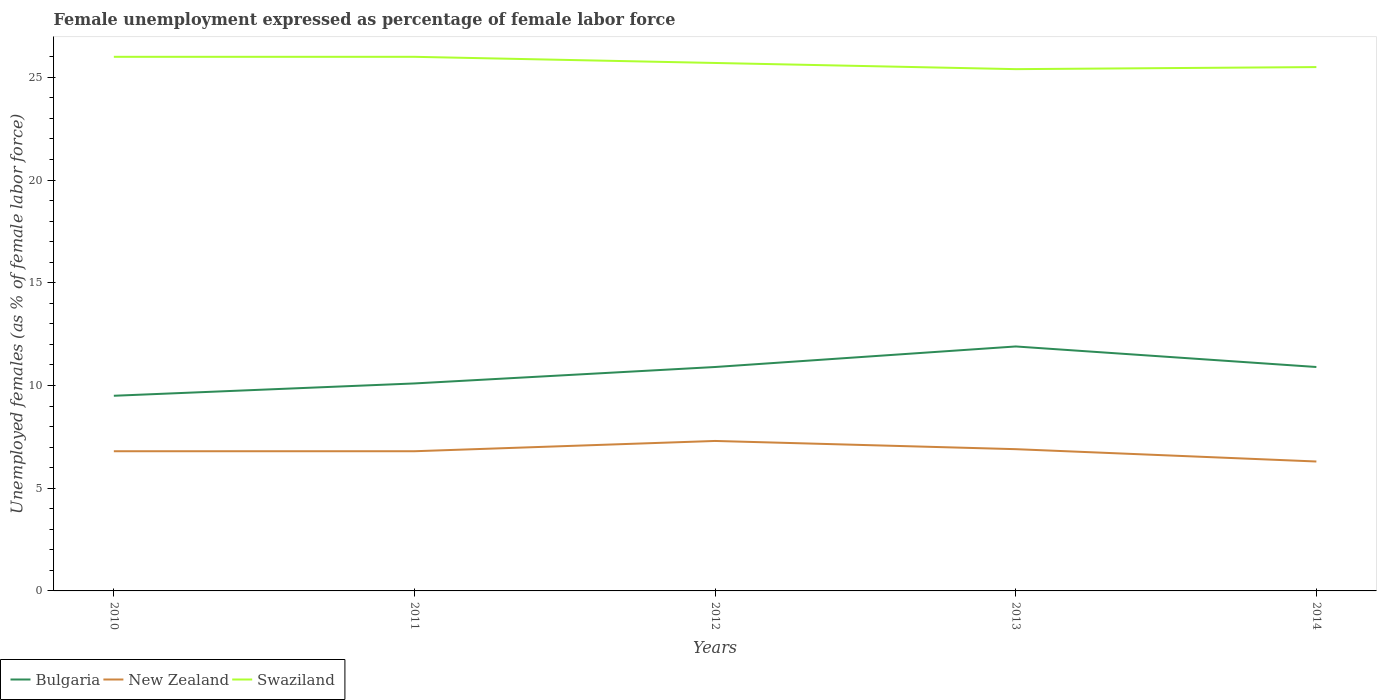
| Years | Bulgaria | New Zealand | Swaziland |
 | --- | --- | --- | --- |
 | 2010 | 9.5 | 6.8 | 26 |
 | 2011 | 10.1 | 6.8 | 26 |
 | 2012 | 10.9 | 7.3 | 25.7 |
 | 2013 | 11.9 | 6.9 | 25.4 |
 | 2014 | 10.9 | 6.3 | 25.5 |